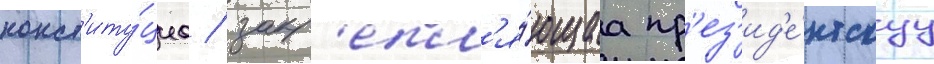
конст'иту́циа / закр'епл'я́ющаа пр'ез'ид'е́нтскуу